Rangoon Lunatic Asylum 1898-1906 - 1898-1906
Year: 1898
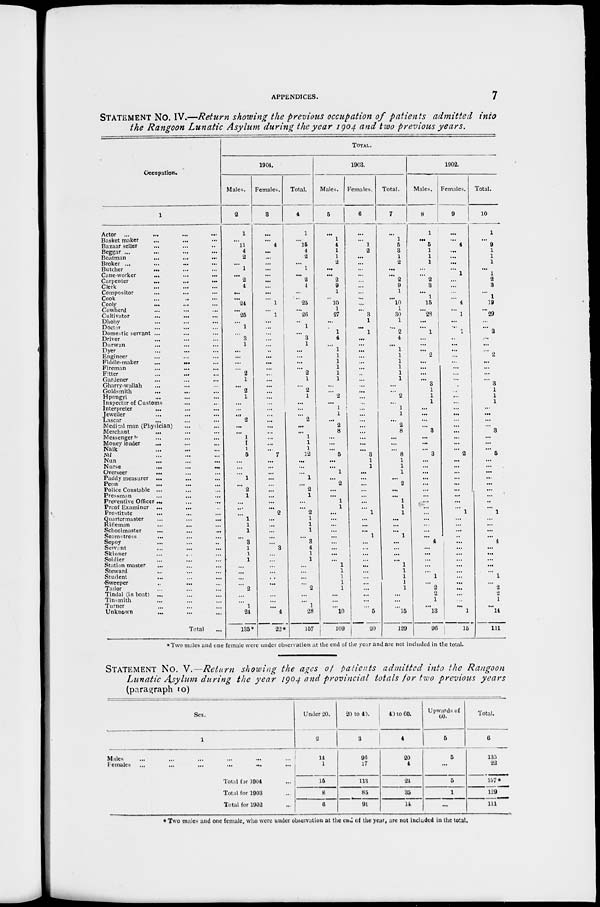
APPENDICES.
7
STATEMENT No. IV.—Return showing the previous occupation of patients admitted into
the Rangoon Lunatic Asylum during the year 1904 and two previous years.
Occupation.
1
Actor ... ... ... ...
Basket maker ... ... ...
Bazaar seller ... ... ...
Beggar ... ... ... ...
Boatman ... ... ...
Broker ... ... ... ...
Butcher ... ... ...
Cane-worker ... ... ...
Carpenter
...
...
...
Clerk ... ... ...
Compositor ... ... ...
Cook ... ... ...
Cooly ... ... ...
Cowherd ... ... ...
Cultivator ... ... ...
Dhoby ... ... ...
Doctor ... ... ...
Domestic servant ... ... ...
Driver ... ... ...
Durwan ... ... ...
Dyer ... ... ...
Engineer ... ... ...
Fiddle-maker
...
...
...
Fireman ... ... ...
Fitter ... ... ...
Gardener ... ... ...
Gharry-wallah ... ... ...
Goldsmith ... ... ...
Hpongyi ... ... ...
Inspector of Customs ... ...
Interpreter ... ... ...
Jeweiler ... ... ...
Lascar ... ... ...
Medical man (Physician) ... ...
Merchant ... ... ...
Messenger ... ... ...
Money lender ... ... ...
Naik ... ... ...
Nil ... ... ...
Nun
...
...
...
Nurse
...
...
...
Overseer ... ... ...
Paddy measurer ... ... ...
Peon ... ... ...
Police Constable ... ... ...
Pressman ... ... ...
Preventive Officer ...
...
...
Proof Examiner ... ... ...
Prostitute ... ... ...
Quartermaster ... ... ...
Rifleman ... ... ...
Schoolmaster ... ... ...
Seamstress ... ... ...
Sepoy ... ... ...
Servant ... ... ...
Skinner
...
...
...
Soldier ... ... ...
Station master ... ... ...
Steward ... ... ...
Student ... ... ...
Sweeper ... ... ...
Tailor ... ... ...
Tindal (in boat) ... ... ...
Tin-mith ... ... ...
Turner ... ... ...
Unknown ... ... ...
Total ...
TOTAL.
1904.
Males.
2
1
...
11
4
2
...
1
...
2
4
...
... 24
... 25
...
1
...
3
1
...
...
...
...
2
1
...
2
1
...
...
... 2
...
...
1
1
1
5
...
...
...
1
... 2
1
...
...
...
1
1
1
...
3
1
1
1
...
...
...
...
2
...
...
1
24
135*
Females.
3
...
...
4
...
...
...
...
...
...
...
...
...
1
...
1
...
...
...
...
...
...
...
...
...
...
...
...
...
...
...
...
...
...
...
...
...
...
...
7
...
...
...
...
...
...
...
...
...
2
...
...
...
...
...
3
...
...
...
...
...
...
...
...
...
...
4
22*
Total.
4
1
...
15
4
2
...
1
...
2
4
...
...
25
... 26
...
1
...
3
1
...
...
...
... 2
1
...
2
1
...
...
... 2
...
...
1
1
1
12
...
...
...
1
... 2
1
...
...
2
1
1
1
...
3
4
1
1
...
...
...
...
2
...
... 1
28
157
1903.
Males.
5
...
1
4
1
1
2
...
...
2
9
1
... 10
1
27
...
...
1
4
...
1
1
1
1
1
1
...
2
... 1
1
...
2
8
...
...
... 5
...
...
1
...
2
...
... 1
1
...
...
...
...
...
...
...
...
...
1
1
1
1
1
...
...
...
10
109
Females.
6
...
...
1
2
...
...
...
...
...
...
...
...
...
... 3
1
...
1
...
...
...
...
...
...
...
...
...
...
...
...
...
...
...
...
...
...
...
3
1
1
...
...
...
...
...
...
...
1
...
...
...
1
...
...
...
...
...
...
...
...
...
...
...
...
5
20
Total.
7
...
1
5
3
1
2
...
...
2
9
1
... 10
1
30
1
...
2
4
...
1
1
1
1
1
1
...
... 2
... 1
1
...
2
8
...
...
...
8
1
1
1
...
2
...
...
1
1
1
...
...
...
1
...
...
...
...
1
1
1
1
1
...
...
...
15
129
1902.
Males.
8
1
...
5
1
1
1
...
...
2
3
...
1
15
... 28
...
...
1
...
...
...
2
...
...
...
...
3
1
1
1
...
...
...
...
3
...
...
... 3
...
...
...
...
...
...
...
...
...
...
...
...
...
...
4
...
...
...
...
...
1
...
2
2
1
...
13
96
Females.
9
...
...
4
...
...
...
...
1
...
...
...
... 4
...
1
...
...
1
...
...
...
...
...
...
...
...
...
...
...
...
...
...
...
...
...
...
...
... 2
...
...
...
...
...
...
...
...
...
1
...
...
...
...
...
...
...
...
...
...
...
...
...
...
...
...
1
15
Total.
10
1
...
9
1
1
1
...
1
2
3
...
1
19
... 29
...
...
2
...
...
...
2
...
...
...
...
3
1
1
1
...
... ...
3
...
...
... 5
...
...
...
...
...
...
...
...
...
1
...
...
...
...
4
...
...
...
...
...
1
...
2
2
1
...
14
111
*Two males and one female were under observation at the end of the year and are not included in the total.
STATEMENT NO. V.—Return showing the ages of patients admitted into the Rangoon
Lunatic Asylum during the year 1904 and provincial totals for two previous years
(paragraph 10)
Sex.
1
Males ... ... ... ... ... ...
Females ... ... ... ... ... ...
Total far 1904 ...
Total for 1903 ...
Total for 1902 ...
Under 20.
2
14
1
15
8
6
20 to 40.
3
96
17
113
85
91
40 to 60.
4
20
4
24
35
14
Upwards of
60.
5
5
...
5
1
...
Total.
6
135
22
157*
129
111
* Two males and one female, who were under observation at the end of the year, are not included in the total.